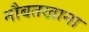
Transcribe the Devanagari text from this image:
नौबतखाना